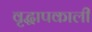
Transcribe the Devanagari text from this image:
वृद्धापकाली